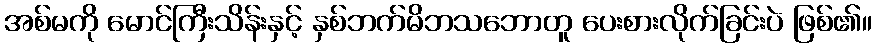
အစ်မကို မောင်ကြီးသိန်းနှင့် နှစ်ဘက်မိဘသဘောတူ ပေးစားလိုက်ခြင်းပဲ ဖြစ်၏။